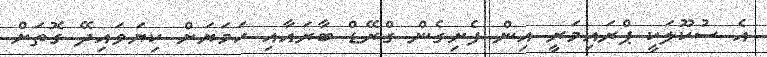
އެ ސުކޫލަކީ ޕްރައިމަރީ އިން ފެށިގެން ގްރޭޑް ބާރައާއި ހަމަޔަށް ކިޔަވައިދޭ ގޮތަށް